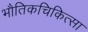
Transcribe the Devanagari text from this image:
भौतिकचिकित्सा